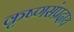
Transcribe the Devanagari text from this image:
कृष्णसंप्रदाय